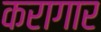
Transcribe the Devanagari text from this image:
करागार